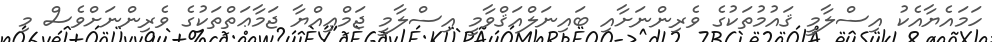
ހަމައެޔާއެކު އިސްލާމީ ޤައުމުތަކުގެ ވެރިންނަށާއި ބައިނަލްއަޤްވާމީ އިސްލާމީ ޖަމްޢިއްޔާ ޖަމާޢަތްތަކުގެ ވެރިންނަށްވެސް މި